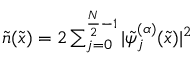
\begin{array} { r } { \tilde { n } ( \tilde { x } ) = 2 \sum _ { j = 0 } ^ { \frac { N } { 2 } - 1 } | \tilde { \psi } _ { j } ^ { ( \alpha ) } ( \tilde { x } ) | ^ { 2 } } \end{array}